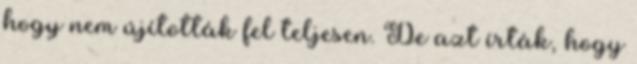
hogy nem újították fel teljesen. De azt írták, hogy